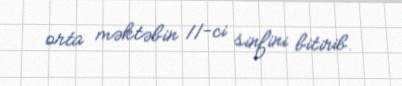
orta məktəbin 11-ci sinfini bitirib.